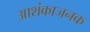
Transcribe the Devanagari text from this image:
आशंकाजनक